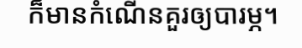
ក៏មានកំណើនគួរឲ្យបារម្ភ។